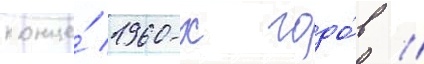
конце́ 1960-х годо́в //